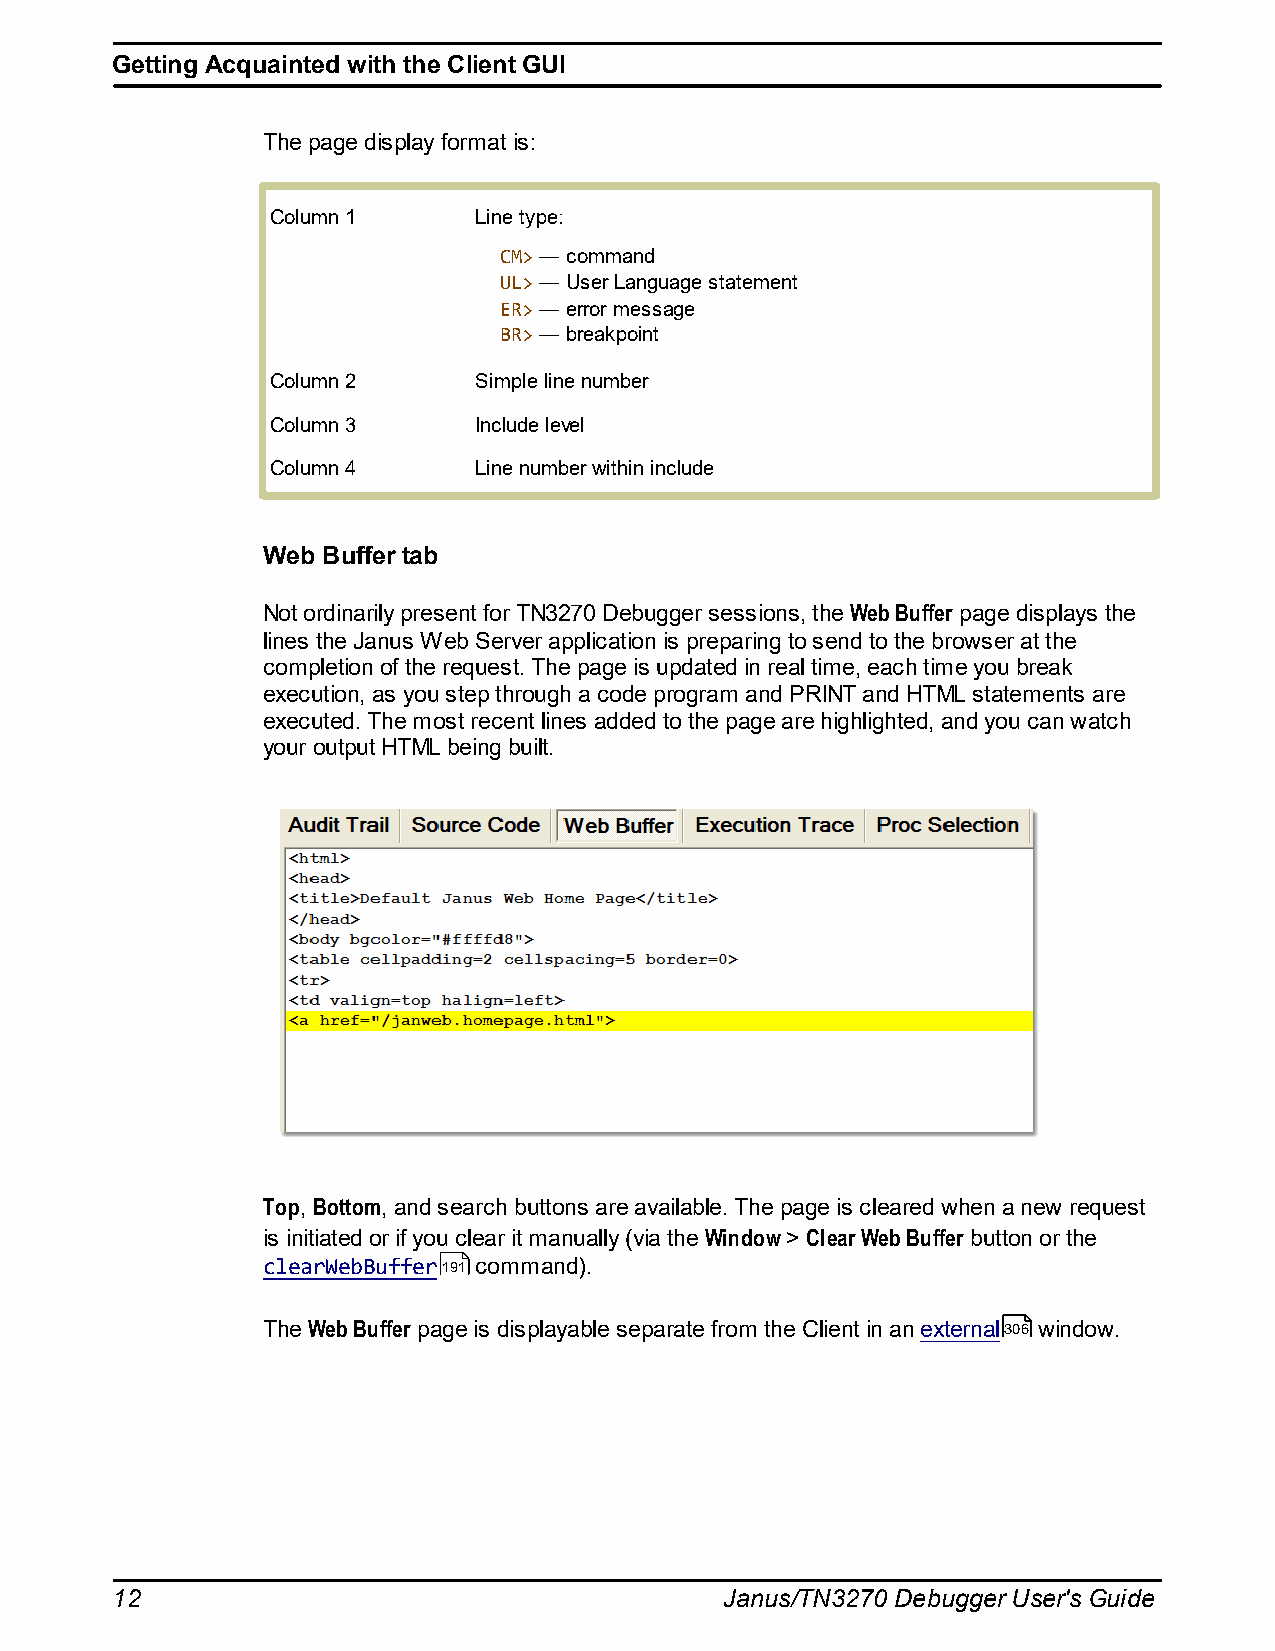
Getting Acquainted with the Client GUI
 The page display format is:
 Column 1     Line type:
 CM> — command
 UL> — User Language statement
 ER> — error message
 BR> — breakpoint
 Column 2     Simple line number
 Column 3     Include level
 Column 4     Line number within include
 Web Buffer tab
 Not ordinarily present for TN3270 Debugger sessions, the Web Buffer page displays the
 lines the Janus Web Server application is preparing to send to the browser at the
 completion of the request. The page is updated in real time, each time you break
 execution, as you step through a code program and PRINT and HTML statements are
 executed. The most recent lines added to the page are highlighted, and you can watch
 your output HTML being built.
 Top, Bottom, and search buttons are available. The page is cleared when a new request
 is initiated or if you clear it manually (via the Window > Clear Web Buffer button or the
 clearWebBuffer191 command).
 The Web Buffer page is displayable separate from the Client in an external306 window.
 12                                       Janus/TN3270 Debugger User's Guide